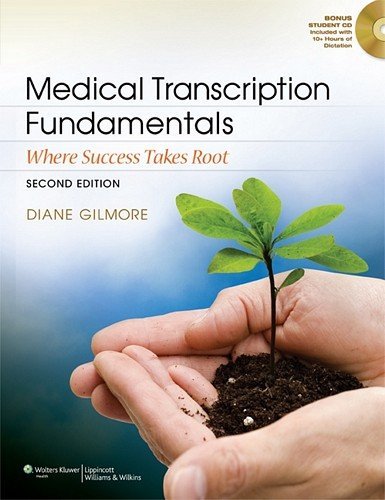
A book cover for Medical Transcription Fundamentals: Where Success Takes Root [Paperback] [2012] (Author) Diane Gilmore CMT FAAMT; Medical Books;